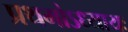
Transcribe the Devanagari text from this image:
प्रथमोऽध्यायः